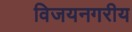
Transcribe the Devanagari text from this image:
विजयनगरीय